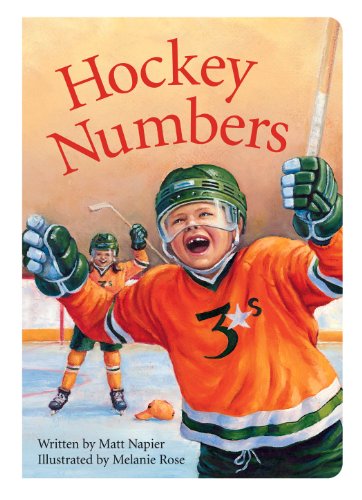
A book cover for Hockey Numbers (Sports); Matt Napier; Children's Books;